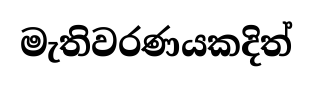
මැතිවරණයකදිත්